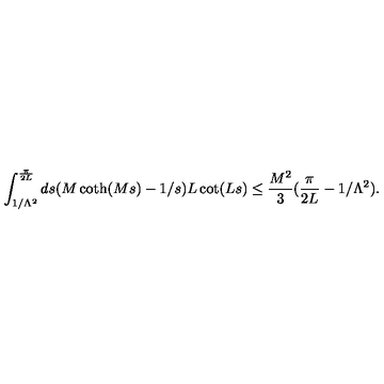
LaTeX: \int _ { 1 / \Lambda ^ { 2 } } ^ { \frac { \pi } { 2 L } } d s ( M \coth ( M s ) - 1 / s ) L \cot ( L s ) \le \frac { M ^ { 2 } } { 3 } ( \frac { \pi } { 2 L } - 1 / \Lambda ^ { 2 } ) .